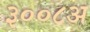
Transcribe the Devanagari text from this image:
३००८अ